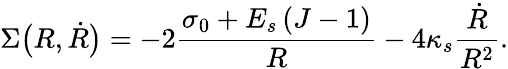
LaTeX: \Sigma\bigl(R,\dot{R}\bigr)=-2\frac{\sigma_{0}+E_{s}\left(J-1\right)}{R}-4\kappa_{s}\frac{\dot{R}}{R^{2}}.